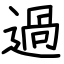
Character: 過